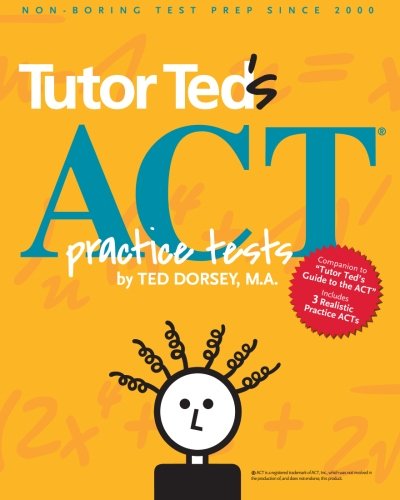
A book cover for Tutor Ted's ACT Practice Tests; Ted Dorsey M.A.; Test Preparation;